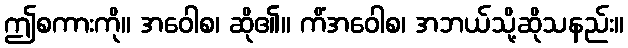
ဤစကားကို။ အဝေါစ၊ ဆို၏။ ကိံအဝေါစ၊ အဘယ်သို့ဆိုသနည်း။